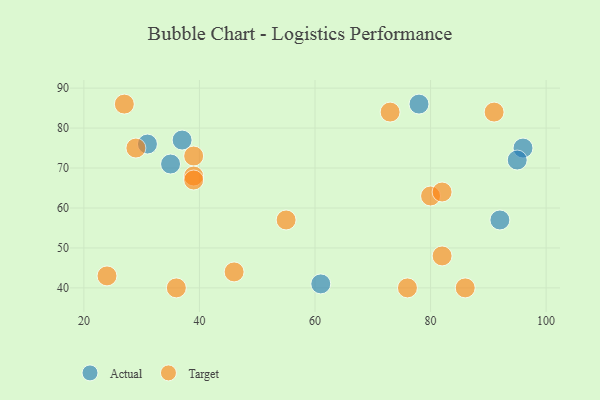
{"axis": {"x": "GDP", "y": "Life Expectancy"}, "legend": ["Actual", "Target"], "data": [{"x": "96", "y": 75, "type": "Actual"}, {"x": "78", "y": 86, "type": "Actual"}, {"x": "61", "y": 41, "type": "Actual"}, {"x": "92", "y": 57, "type": "Actual"}, {"x": "35", "y": 71, "type": "Actual"}, {"x": "37", "y": 77, "type": "Actual"}, {"x": "95", "y": 72, "type": "Actual"}, {"x": "31", "y": 76, "type": "Actual"}, {"x": "80", "y": 63, "type": "Target"}, {"x": "91", "y": 84, "type": "Target"}, {"x": "27", "y": 86, "type": "Target"}, {"x": "24", "y": 43, "type": "Target"}, {"x": "82", "y": 48, "type": "Target"}, {"x": "86", "y": 40, "type": "Target"}, {"x": "39", "y": 73, "type": "Target"}, {"x": "46", "y": 44, "type": "Target"}, {"x": "36", "y": 40, "type": "Target"}, {"x": "29", "y": 75, "type": "Target"}, {"x": "39", "y": 68, "type": "Target"}, {"x": "55", "y": 57, "type": "Target"}, {"x": "39", "y": 67, "type": "Target"}, {"x": "73", "y": 84, "type": "Target"}, {"x": "76", "y": 40, "type": "Target"}, {"x": "82", "y": 64, "type": "Target"}]}